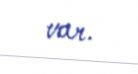
var.